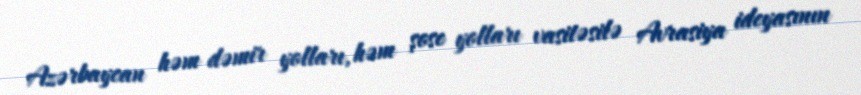
Azərbaycan həm dəmir yolları, həm şose yolları vasitəsilə Avrasiya ideyasının